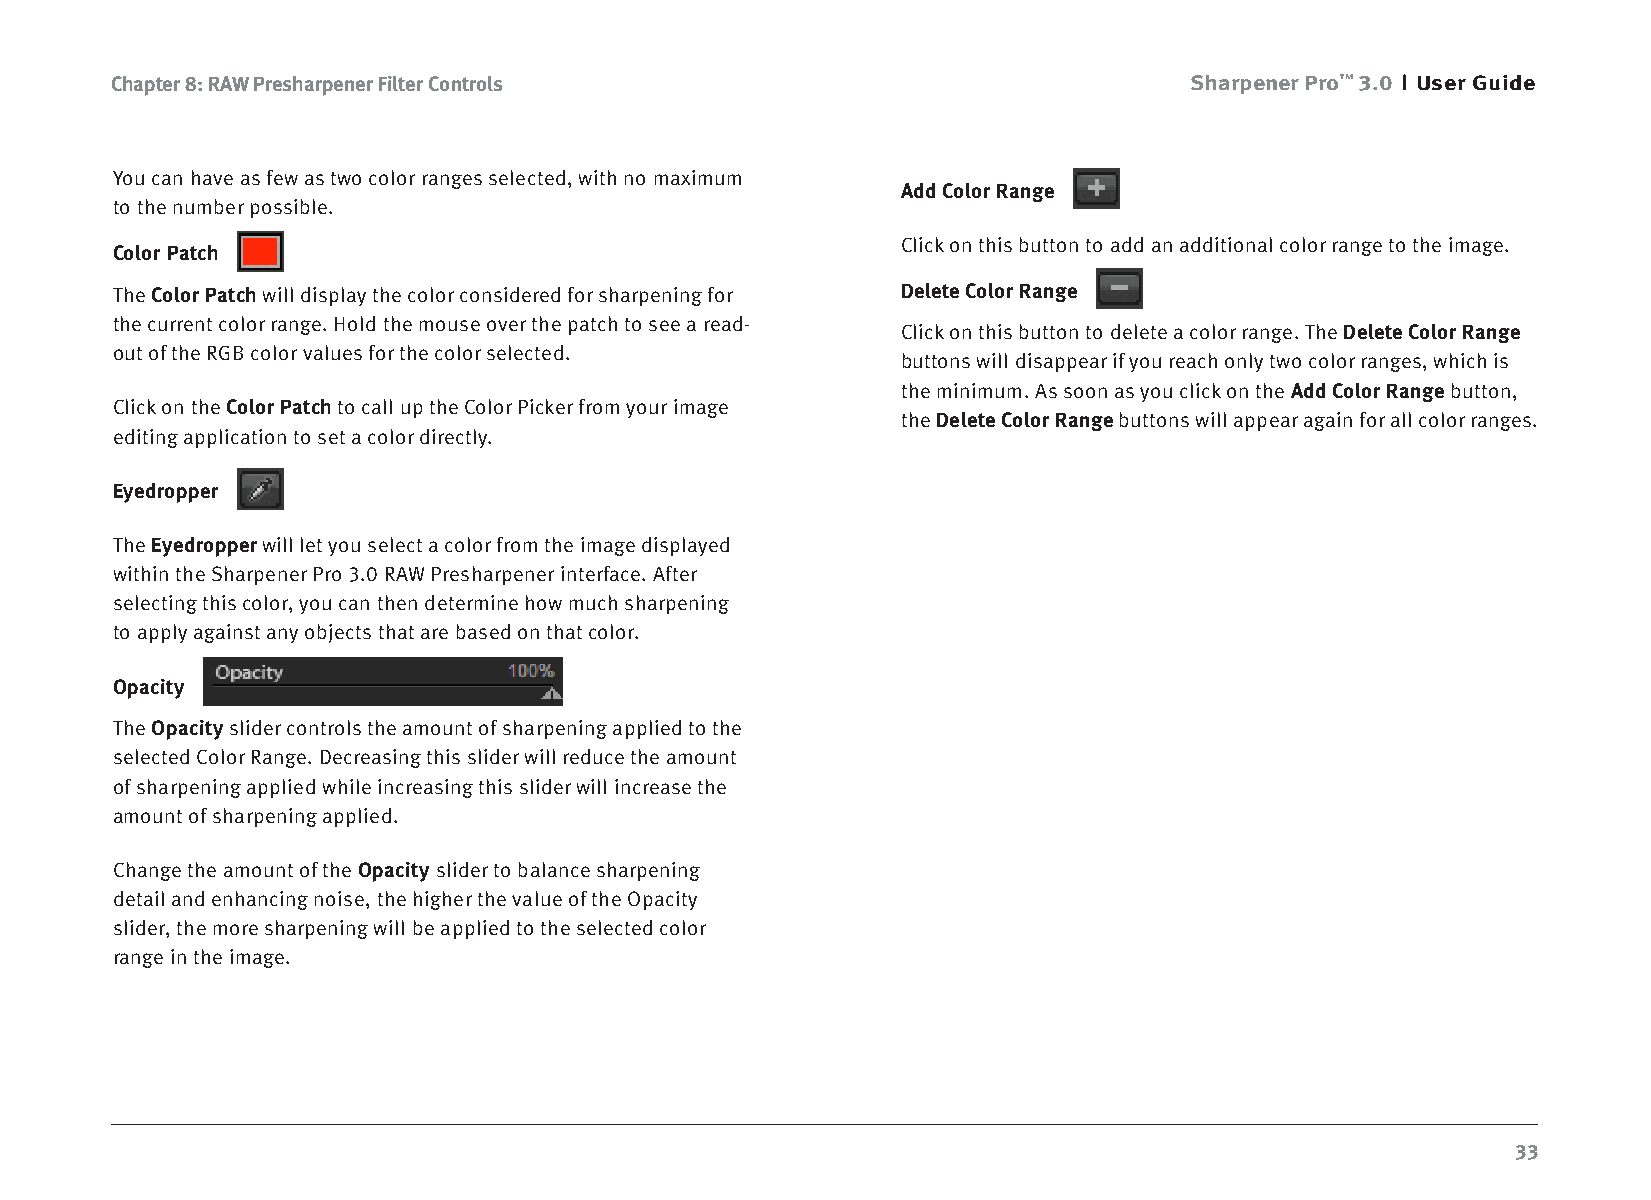
Chapter 8: RAW Presharpener Filter Controls                             Sharpener Pro™ 3.0 User Guide
 You can have as few as two color ranges selected, with no maximum
 Add Color Range
 to the number possible.
 Click on this button to add an additional color range to the image.
 Color Patch
 The Color Patch will display the color considered for sharpening for Delete Color Range
 the current color range. Hold the mouse over the patch to see a read-
 Click on this button to delete a color range. The Delete Color Range
 out of the RGB color values for the color selected.
 buttons will disappear if you reach only two color ranges, which is
 the minimum. As soon as you click on the Add Color Range button,
 Click on the Color Patch to call up the Color Picker from your image
 the Delete Color Range buttons will appear again for all color ranges.
 editing application to set a color directly.
 Eyedropper
 The Eyedropper will let you select a color from the image displayed
 within the Sharpener Pro 3.0 RAW Presharpener interface. After
 selecting this color, you can then determine how much sharpening
 to apply against any objects that are based on that color.
 Opacity
 The Opacity slider controls the amount of sharpening applied to the
 selected Color Range. Decreasing this slider will reduce the amount
 of sharpening applied while increasing this slider will increase the
 amount of sharpening applied.
 Change the amount of the Opacity slider to balance sharpening
 detail and enhancing noise, the higher the value of the Opacity
 slider, the more sharpening will be applied to the selected color
 range in the image.
 33